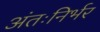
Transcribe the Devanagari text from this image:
अंतःनिर्भर